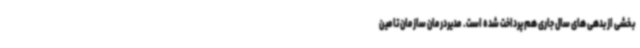
بخشی از بدهی های سال جاری هم پرداخت شده است. مدیردرمان سازمان تامین